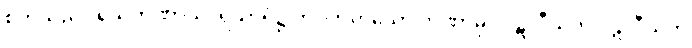
စိတ်သည်။ ရသတဏှာယ၊ ရသာရုံ၌ တပ်တတ်သော တဏှာမှ။ ပဋိလီယတံ ပဋိလီယတိ